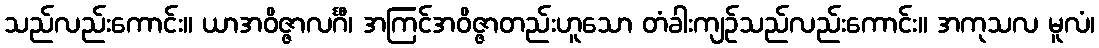
သည်လည်းကောင်း။ ယာအဝိဇ္ဇာလင်္ဂီ၊ အကြင်အဝိဇ္ဇာတည်းဟူသော တံခါးကျဉ်သည်လည်းကောင်း။ အကုသလ မူလံ၊